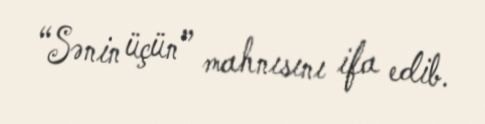
“Sənin üçün” mahnısını ifa edib.